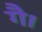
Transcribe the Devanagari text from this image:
गै।